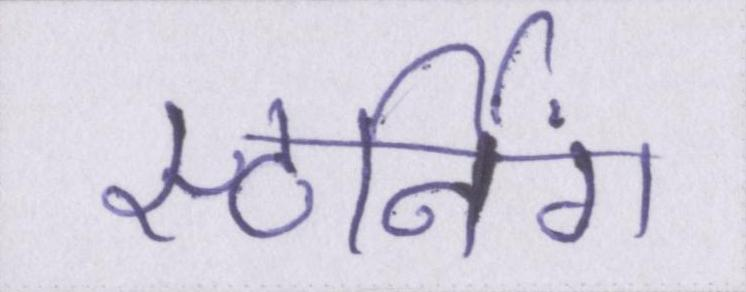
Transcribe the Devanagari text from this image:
स्टर्निंग